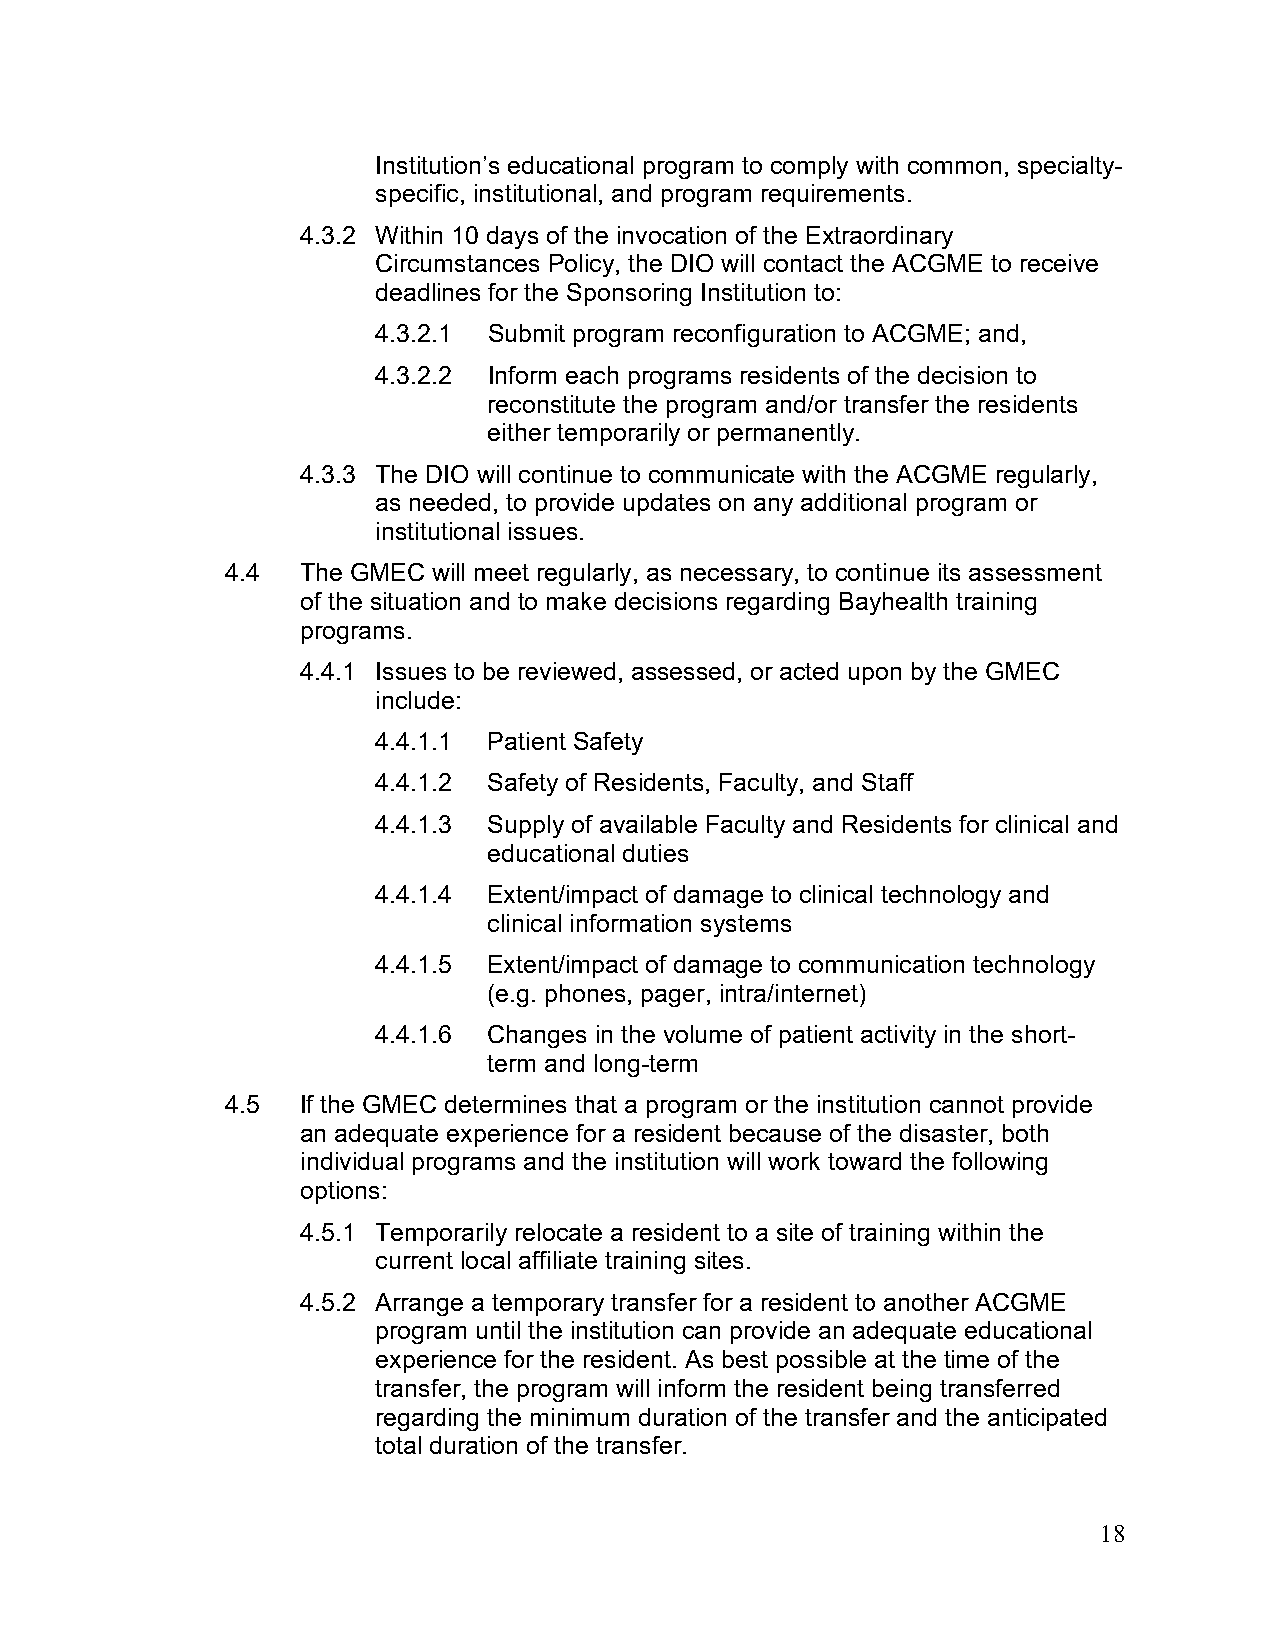
Institution’s educational program to comply with common, specialty-
 specific, institutional, and program requirements.
 4.3.2 Within 10 days of the invocation of the Extraordinary
 Circumstances Policy, the DIO will contact the ACGME to receive
 deadlines for the Sponsoring Institution to:
 4.3.2.1 Submit program reconfiguration to ACGME; and,
 4.3.2.2 Inform each programs residents of the decision to
 reconstitute the program and/or transfer the residents
 either temporarily or permanently.
 4.3.3 The DIO will continue to communicate with the ACGME regularly,
 as needed, to provide updates on any additional program or
 institutional issues.
 4.4  The GMEC will meet regularly, as necessary, to continue its assessment
 of the situation and to make decisions regarding Bayhealth training
 programs.
 4.4.1 Issues to be reviewed, assessed, or acted upon by the GMEC
 include:
 4.4.1.1 Patient Safety
 4.4.1.2 Safety of Residents, Faculty, and Staff
 4.4.1.3 Supply of available Faculty and Residents for clinical and
 educational duties
 4.4.1.4 Extent/impact of damage to clinical technology and
 clinical information systems
 4.4.1.5 Extent/impact of damage to communication technology
 (e.g. phones, pager, intra/internet)
 4.4.1.6 Changes in the volume of patient activity in the short-
 term and long-term
 4.5  If the GMEC determines that a program or the institution cannot provide
 an adequate experience for a resident because of the disaster, both
 individual programs and the institution will work toward the following
 options:
 4.5.1 Temporarily relocate a resident to a site of training within the
 current local affiliate training sites.
 4.5.2 Arrange a temporary transfer for a resident to another ACGME
 program until the institution can provide an adequate educational
 experience for the resident. As best possible at the time of the
 transfer, the program will inform the resident being transferred
 regarding the minimum duration of the transfer and the anticipated
 total duration of the transfer.
 18